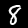
Digit: 8